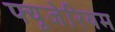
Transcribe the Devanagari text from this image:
फ्यूजेरियम